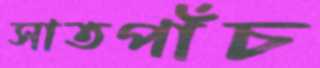
সাতপাঁচ